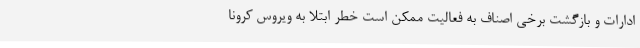
ادارات و بازگشت برخی اصناف به فعالیت ممکن است خطر ابتلا به ویروس کرونا